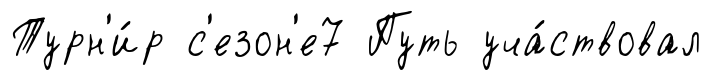
Турн'и́р с'езон'е7 Путь уча́ствовал